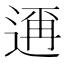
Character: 𮞙